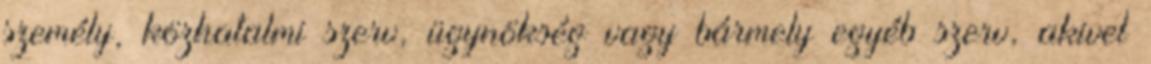
személy, közhatalmi szerv, ügynökség vagy bármely egyéb szerv, akivel